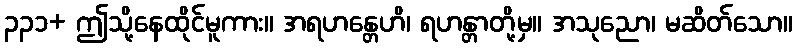
၃၃၁+ ဤသို့နေထိုင်မူကား။ အရဟန္တေဟိ၊ ရဟန္တာတို့မှ။ အသုညော၊ မဆိတ်သော။